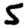
Digit: 5